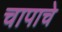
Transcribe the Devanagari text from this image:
चापाचे